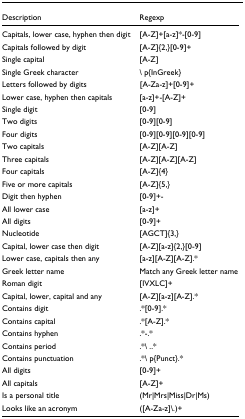
<table><thead><tr><td><b>Description</b></td><td><b>Regexp</b></td></tr></thead><tbody><tr><td>Capitals, lower case, hyphen then digit</td><td>[A-Z]+[a-z]*-[0-9]</td></tr><tr><td>Capitals followed by digit</td><td>[A-Z]{2,}[0-9]+</td></tr><tr><td>Single capital</td><td>[A-Z]</td></tr><tr><td>Single Greek character</td><td>\ p{InGreek}</td></tr><tr><td>Letters followed by digits</td><td>[A-Za-z]+[0-9]+</td></tr><tr><td>Lower case, hyphen then capitals</td><td>[a-z]+-[A-Z]+</td></tr><tr><td>Single digit</td><td>[0-9]</td></tr><tr><td>Two digits</td><td>[0-9][0-9]</td></tr><tr><td>Four digits</td><td>[0-9][0-9][0-9][0-9]</td></tr><tr><td>Two capitals</td><td>[A-Z][A-Z]</td></tr><tr><td>Three capitals</td><td>[A-Z][A-Z][A-Z]</td></tr><tr><td>Four capitals</td><td>[A-Z]{4}</td></tr><tr><td>Five or more capitals</td><td>[A-Z]{5,}</td></tr><tr><td>Digit then hyphen</td><td>[0-9]+-</td></tr><tr><td>All lower case</td><td>[a-z]+</td></tr><tr><td>All digits</td><td>[0-9]+</td></tr><tr><td>Nucleotide</td><td>[AGCT]{3,}</td></tr><tr><td>Capital, lower case then digit</td><td>[A-Z][a-z]{2,}[0-9]</td></tr><tr><td>Lower case, capitals then any</td><td>[a-z][A-Z][A-Z].*</td></tr><tr><td>Greek letter name</td><td>Match any Greek letter name</td></tr><tr><td>Roman digit</td><td>[IVXLC]+</td></tr><tr><td>Capital, lower, capital and any</td><td>[A-Z][a-z][A-Z].*</td></tr><tr><td>Contains digit</td><td>.*[0-9].*</td></tr><tr><td>Contains capital</td><td>.*[A-Z].*</td></tr><tr><td>Contains hyphen</td><td>.*-.*</td></tr><tr><td>Contains period</td><td>.*\ ..*</td></tr><tr><td>Contains punctuation</td><td>.*\ p{Punct}.*</td></tr><tr><td>All digits</td><td>[0-9]+</td></tr><tr><td>All capitals</td><td>[A-Z]+</td></tr><tr><td>Is a personal title</td><td>(Mr|Mrs|Miss|Dr|Ms)</td></tr><tr><td>Looks like an acronym</td><td>([A-Za-z]\.)+</td></tr></tbody></table>